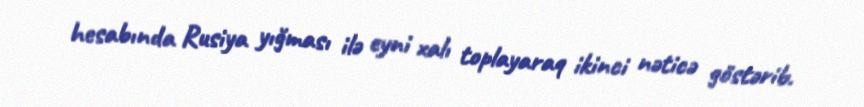
hesabında Rusiya yığması ilə eyni xalı toplayaraq ikinci nəticə göstərib.